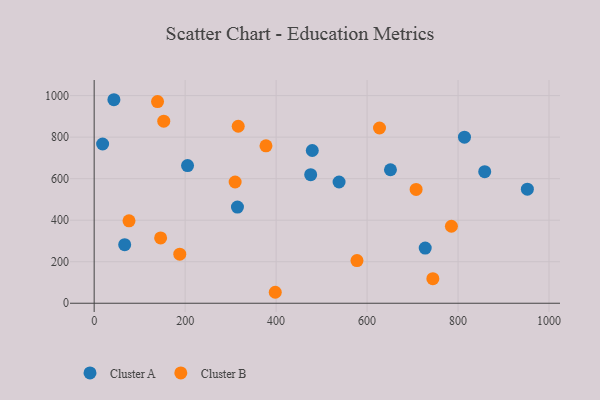
{"axis": {"x": "Price", "y": "Demand"}, "legend": ["Cluster A", "Cluster B"], "data": [{"x": "538.4", "y": 583.9, "type": "Cluster A"}, {"x": "43.4", "y": 980.3, "type": "Cluster A"}, {"x": "18.6", "y": 767.0, "type": "Cluster A"}, {"x": "67.1", "y": 282.1, "type": "Cluster A"}, {"x": "952.4", "y": 549.2, "type": "Cluster A"}, {"x": "727.8", "y": 265.7, "type": "Cluster A"}, {"x": "814.1", "y": 799.8, "type": "Cluster A"}, {"x": "479.5", "y": 735.7, "type": "Cluster A"}, {"x": "858.6", "y": 633.6, "type": "Cluster A"}, {"x": "651.4", "y": 642.9, "type": "Cluster A"}, {"x": "205.3", "y": 663.1, "type": "Cluster A"}, {"x": "315.0", "y": 463.1, "type": "Cluster A"}, {"x": "476.0", "y": 619.3, "type": "Cluster A"}, {"x": "76.6", "y": 397.0, "type": "Cluster B"}, {"x": "785.4", "y": 370.9, "type": "Cluster B"}, {"x": "627.3", "y": 844.2, "type": "Cluster B"}, {"x": "146.1", "y": 314.6, "type": "Cluster B"}, {"x": "139.3", "y": 971.3, "type": "Cluster B"}, {"x": "707.8", "y": 548.4, "type": "Cluster B"}, {"x": "744.6", "y": 118.1, "type": "Cluster B"}, {"x": "309.9", "y": 584.1, "type": "Cluster B"}, {"x": "153.0", "y": 877.0, "type": "Cluster B"}, {"x": "188.2", "y": 236.4, "type": "Cluster B"}, {"x": "377.7", "y": 758.1, "type": "Cluster B"}, {"x": "316.7", "y": 852.5, "type": "Cluster B"}, {"x": "577.8", "y": 205.6, "type": "Cluster B"}, {"x": "398.1", "y": 52.8, "type": "Cluster B"}]}